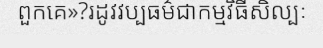
ពួកគេ»?រដូវវប្បធម៌ជាកម្មវិធីសិល្បៈ